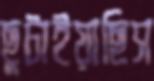
ছুটাইয়াছিস